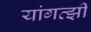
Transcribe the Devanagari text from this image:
यांगत्झी